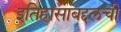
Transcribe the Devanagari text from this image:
इतिहासाबद्दलची